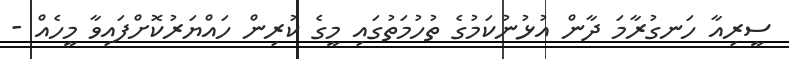
ސީރިއާ ހަނގުރާމަ ދާން އުޅުނުކަމުގެ ތުހުމަތުގައި މީގެ ކުރިން ހައްޔަރުކޮށްފައިވާ މީހެއް -